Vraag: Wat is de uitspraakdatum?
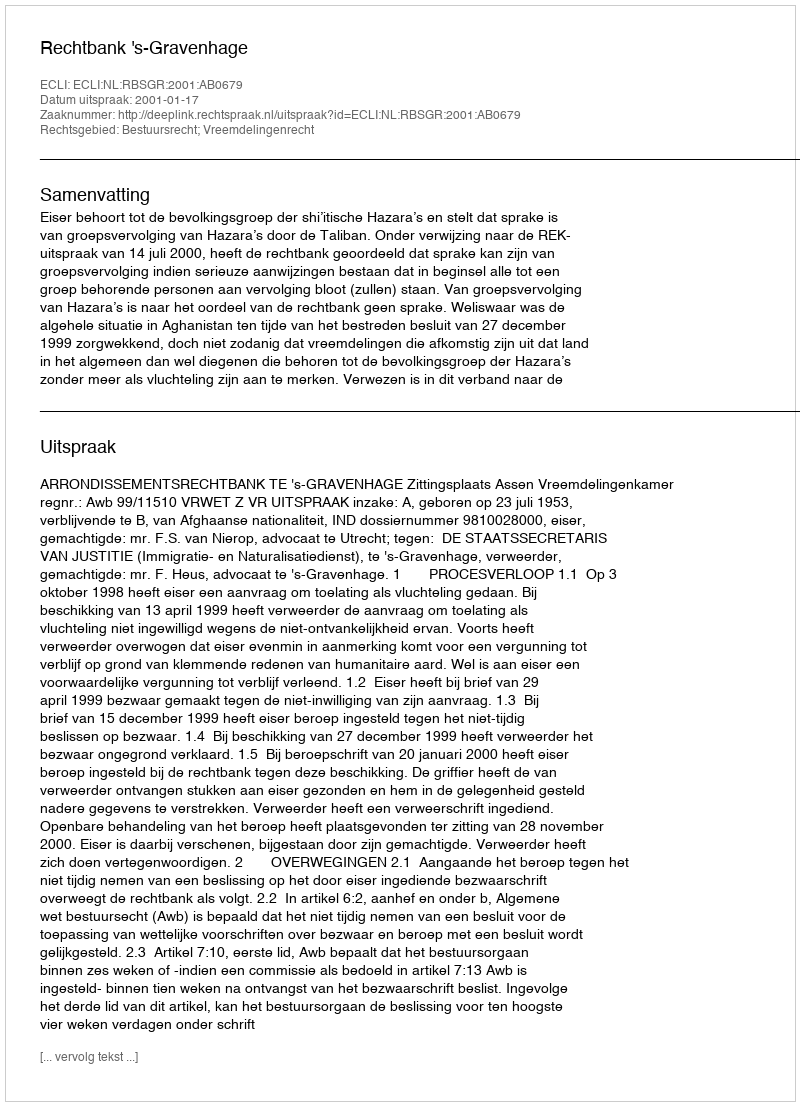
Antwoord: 2001-01-17